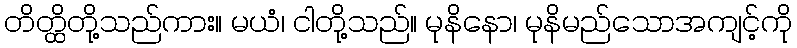
တိတ္ထိတို့သည်ကား။ မယံ၊ ငါတို့သည်။ မုနိနော၊ မုနိမည်သောအကျင့်ကို